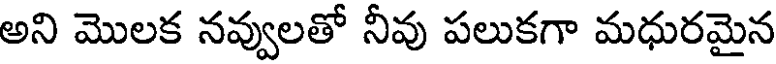
అని మొలక నవ్వులతో నీవు పలుకగా మధురమైన